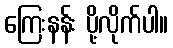
ကြေးနန်း ပို့လိုက်ပါ။